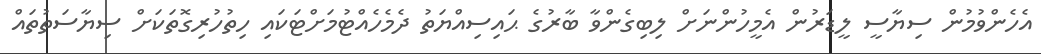
އެހެންވުމުން ސިޔާސީ ލީޑަރުން އެމީހުންނަށް ލިބިގެންވާ ބާރުގެ ޙައިސިއްޔަތު ދެމެހެއްޓުމަށްޓަކައި ހިތުހުރިގޮތަކަށް ސިޔާސަތުތައް